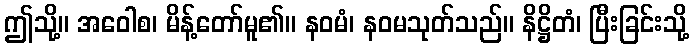
ဤသို့။ အဝေါစ၊ မိန့်တော်မူ၏။ နဝမံ၊ နဝမသုတ်သည်။ နိဋ္ဌိတံ၊ ပြီးခြင်းသို့